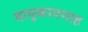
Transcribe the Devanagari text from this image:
वायुकायमाह